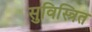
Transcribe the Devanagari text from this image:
सुविस्त्रित